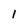
Character: l